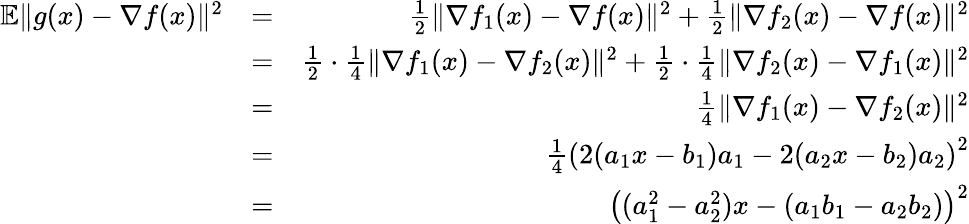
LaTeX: \begin{array}{rlr}{\mathbb{E}\| g(x)-\nabla f(x)\| ^{2}}&{=}&{\frac{1}{2}\| \nabla f_{1}(x)-\nabla f(x)\| ^{2}+\frac{1}{2}\| \nabla f_{2}(x)-\nabla f(x)\| ^{2}}\\ &{=}&{\frac{1}{2}\cdot\frac{1}{4}\| \nabla f_{1}(x)-\nabla f_{2}(x)\| ^{2}+\frac{1}{2}\cdot\frac{1}{4}\| \nabla f_{2}(x)-\nabla f_{1}(x)\| ^{2}}\\ &{=}&{\frac{1}{4}\| \nabla f_{1}(x)-\nabla f_{2}(x)\| ^{2}}\\ &{=}&{\frac{1}{4}\left(2(a_{1}x-b_{1})a_{1}-2(a_{2}x-b_{2})a_{2}\right)^{2}}\\ &{=}&{\left((a_{1}^{2}-a_{2}^{2})x-(a_{1}b_{1}-a_{2}b_{2})\right)^{2}}\end{array}